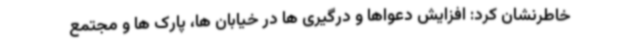
خاطرنشان کرد: افزایش دعواها و درگیری ها در خیابان ها، پارک ها و مجتمع